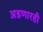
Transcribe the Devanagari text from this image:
अडणारही